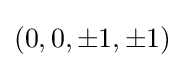
(0,0,\pm 1,\pm 1)